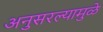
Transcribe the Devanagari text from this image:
अनुसरल्यामुळे